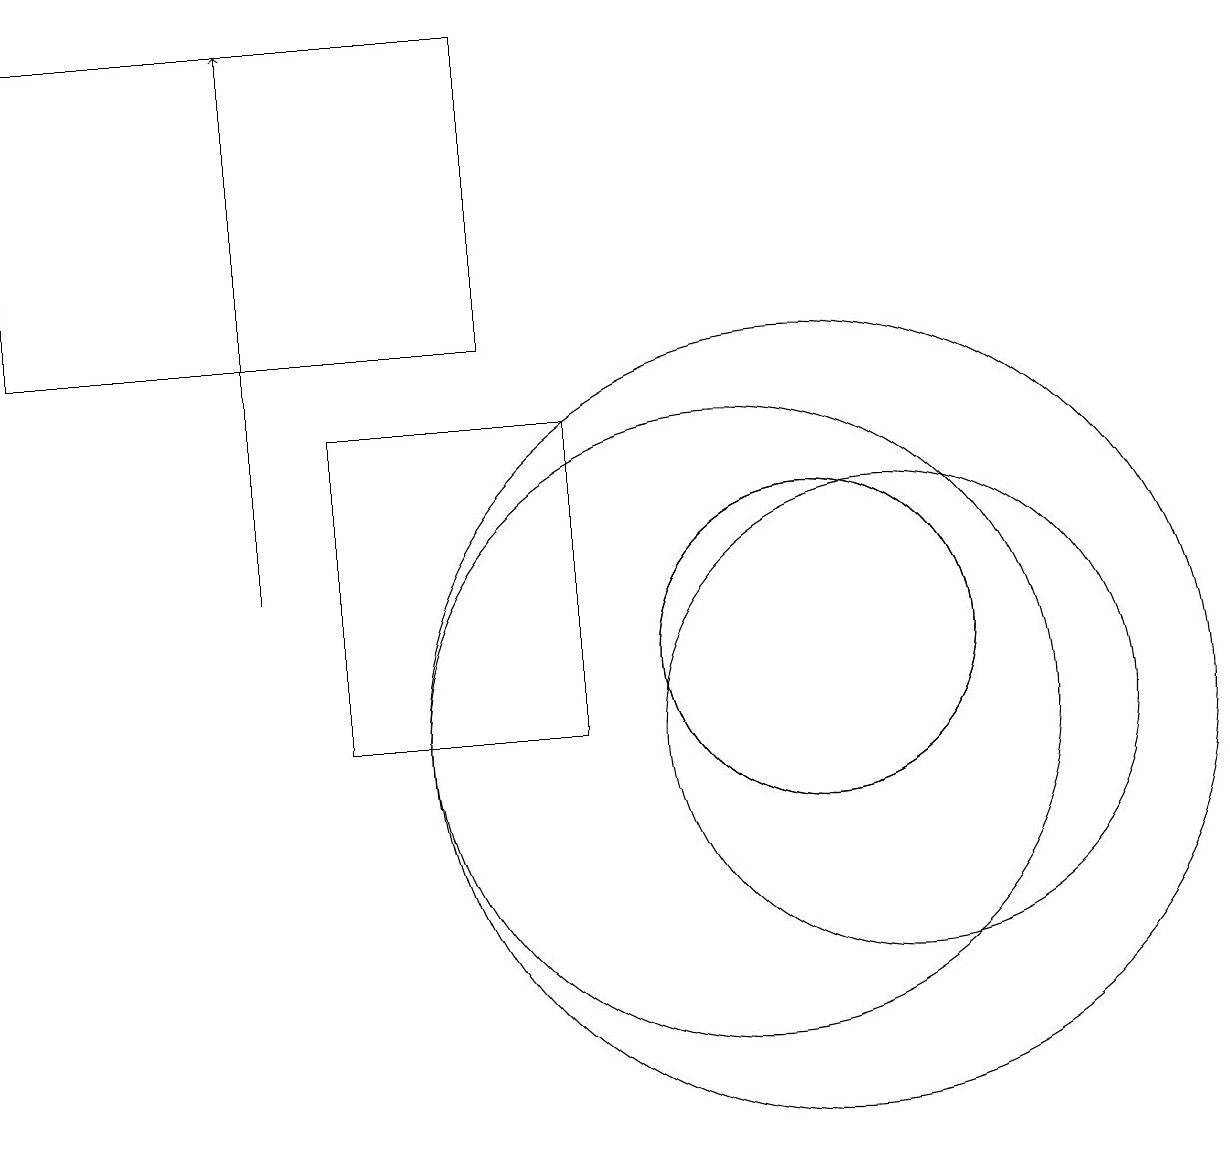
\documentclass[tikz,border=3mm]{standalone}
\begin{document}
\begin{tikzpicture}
\draw (11,10) circle (5);
\draw (11,11) circle (2);
\draw (11,11) circle (2);
\draw (7,19) rectangle (1,15);
\draw (12,10) circle (3);
\draw[->] (4,12) -- (4,19);
\draw (10,10) circle (4);
\draw (5,14) rectangle (8,10);
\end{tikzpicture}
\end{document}